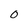
Character: 0